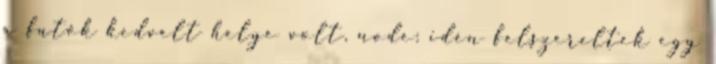
a futók kedvelt helye volt, node: idén felszereltek egy